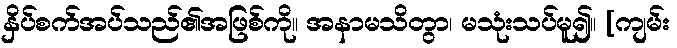
နှိပ်စက်အပ်သည်၏အဖြစ်ကို။ အနာမသိတွာ၊ မသုံးသပ်မူ၍။ [ကျမ်း